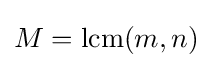
M=\operatorname {lcm} (m,n)